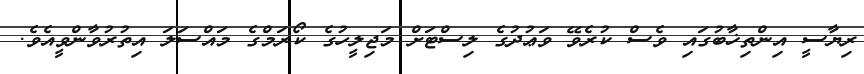
ރިޔާސީ އިންތިޚާބުގައި ވެސް ކުރެވޭ ވަޢުދުގެ ލިސްޓަށް މަޖިލީހުގެ ކޯރަމްގެ މައްސަލަ އިތުރުވާންވީއެވެ.